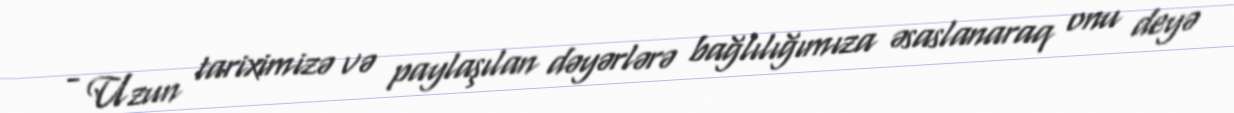
- Uzun tariximizə və paylaşılan dəyərlərə bağlılığımıza əsaslanaraq onu deyə